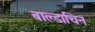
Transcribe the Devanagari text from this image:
बाल्डाचिन